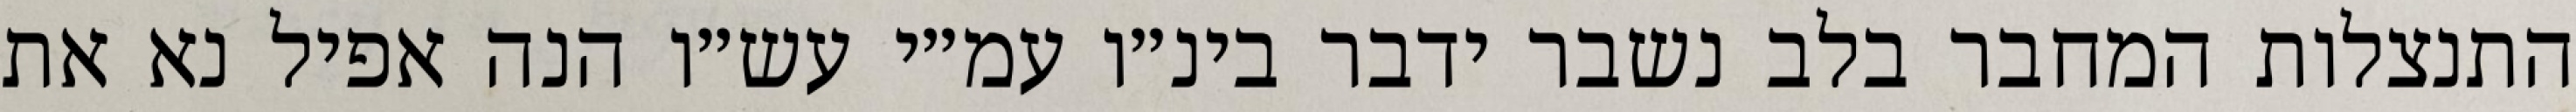
התנצלות המחבר בלב נשבר ידבר בינ״ו עמ״י עש״ו הנה אפיל נא את